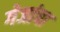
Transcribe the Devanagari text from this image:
गेजांचा